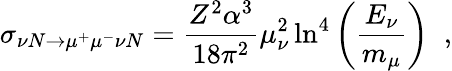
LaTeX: \sigma_{\nu N\to\mu^{+}\mu^{-}\nu N}=\frac{Z^{2}\alpha^{3}}{18\pi^{2}}\mu_{\nu}^{2}\ln^{4}\left(\frac{E_{\nu}}{m_{\mu}}\right)\; \; ,